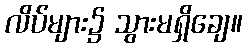
လိပ်များ၌ သွားမရှိချေ။